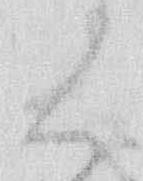
く